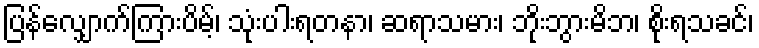
ပြန်လျှောက်ကြားပိမ့်၊ သုံးပါးရတနာ၊ ဆရာသမား၊ ဘိုးဘွားမိဘ၊ စိုးရသခင်၊